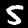
Digit: 5